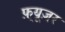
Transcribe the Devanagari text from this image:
फ़्यूज़र